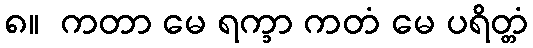
၈။  ကတာ မေ ရက္ခာ ကတံ မေ ပရိတ္တံ